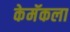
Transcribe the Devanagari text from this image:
केमॅकला